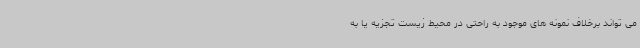
می تواند برخلاف نمونه های موجود به راحتی در محیط زیست تجزیه یا به